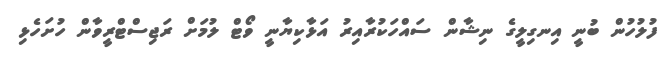
ފުލުހުން ބުނީ އިނގިލީގެ ނިޝާން ސައްހަކުރާއިރު އަޅާކިޔާނީ ވޯޓް ލުމަށް ރަޖިސްޓްރީވާން ހުށަހެޅި